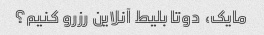
مایک، دوتا بلیط آنلاین رزرو کنیم؟